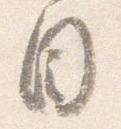
目